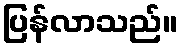
ပြန်လာသည်။